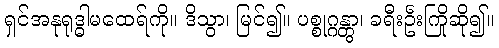
ရှင်အနုရုဒ္ဓါမထေရ်ကို။ ဒိသွာ၊ မြင်၍။ ပစ္စုဂ္ဂန္တွာ၊ ခရီးဦးကြိုဆို၍။